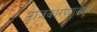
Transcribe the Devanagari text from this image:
राजकारण्यांकडून